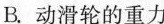
17.(2019·南通)如图所示，用滑轮组将重为12N的物体匀速提升0.2m，作用在绳端的拉力F为5N，